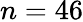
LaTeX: n=46